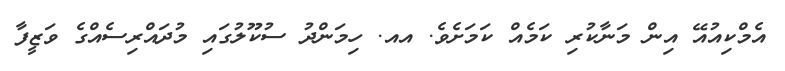
އެމްކިއުއޭ އިން މަނާކުރި ކަމެއް ކަމަށެވެ. އއ. ހިމަންދު ސުކޫލުގައި މުދައްރިސެއްގެ ވަޒީފާ